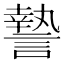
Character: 謺